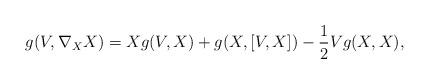
LaTeX: \begin{align*} g(V,\nabla_XX)=Xg(V,X)+g(X,[V,X])-\frac{1}{2}Vg(X,X), \end{align*}